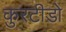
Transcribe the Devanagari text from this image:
कुरटीडो